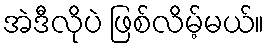
အဲဒီလိုပဲ ဖြစ်လိမ့်မယ်။